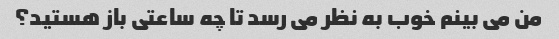
من می بینم خوب به نظر می رسد تا چه ساعتی باز هستید؟